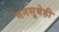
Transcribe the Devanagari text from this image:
मनसुबेही